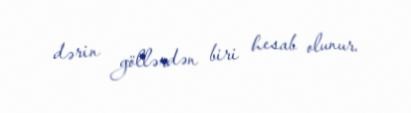
dərin göllərdən biri hesab olunur.